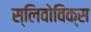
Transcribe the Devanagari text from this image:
स्लिवोविक्स